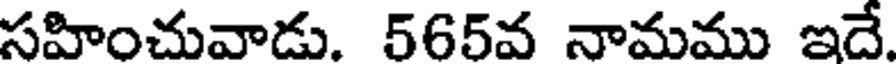
సహించువాడు. 565వ నామము ఇదే.